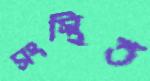
সংস্থিত